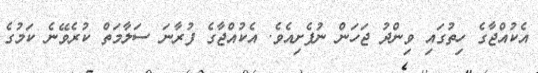
އެކުއްޖާގެ ހިތުގައި ވިންދު ޖަހަން ނުފެށިއެވެ. އެކުއްޖާގެ ފުރާނަ ސަލާމަތް ކުރެވޭނެ ކަމުގެ